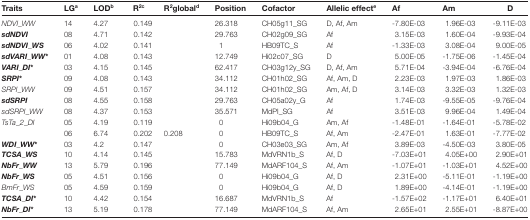
<table><thead><tr><td><b>Traits</b></td><td><b>LG<sup>a</sup></b></td><td><b>LOD<sup>b</sup></b></td><td><b>R<sup>2</sup><sup>c</sup></b></td><td><b>R<sup>2</sup>global<sup>d</sup></b></td><td><b>Position</b></td><td><b>Cofactor</b></td><td><b>Allelic effect<sup>e</sup></b></td><td><b>Af</b></td><td><b>Am</b></td><td><b>D</b></td></tr></thead><tbody><tr><td><i>NDVI_WW</i></td><td>14</td><td>4.27</td><td>0.149</td><td></td><td>26.318</td><td>CH05g11_SG</td><td>D, Af, Am</td><td>-7.80E-03</td><td>1.96E-03</td><td>-9.11E-03</td></tr><tr><td><b><i>sdNDVI</i></b></td><td>08</td><td>4.71</td><td>0.142</td><td></td><td>29.763</td><td>CH02g09_SG</td><td>Af</td><td>3.15E-03</td><td>1.60E-04</td><td>-9.93E-04</td></tr><tr><td><b><i>sdNDVI_WS</i></b></td><td>06</td><td>4.02</td><td>0.141</td><td></td><td>1</td><td>HB09TC_S</td><td>Af</td><td>-1.33E-03</td><td>3.08E-04</td><td>9.00E-05</td></tr><tr><td><b><i>sdVARI_WW</i>*</b></td><td>01</td><td>4.08</td><td>0.143</td><td></td><td>12.749</td><td>Hi02c07_SG</td><td>D</td><td>5.00E-05</td><td>-1.75E-06</td><td>-1.45E-04</td></tr><tr><td><b><i>VARI_DI</i>*</b></td><td>03</td><td>4.15</td><td>0.145</td><td></td><td>62.417</td><td>CH03g12y_SG</td><td>D, Af, Am</td><td>5.71E-04</td><td>-3.94E-04</td><td>-6.76E-04</td></tr><tr><td><b><i>SRPI</i>*</b></td><td>09</td><td>4.08</td><td>0.143</td><td></td><td>34.112</td><td>CH01h02_SG</td><td>Af, Am, D</td><td>2.23E-03</td><td>1.97E-03</td><td>1.86E-03</td></tr><tr><td><i>SRPI_WW</i></td><td>09</td><td>4.51</td><td>0.157</td><td></td><td>34.112</td><td>CH01h02_SG</td><td>Am, Af, D</td><td>3.14E-03</td><td>3.32E-03</td><td>1.32E-03</td></tr><tr><td><b><i>sdSRPI</i></b></td><td>08</td><td>4.55</td><td>0.158</td><td></td><td>29.763</td><td>CH05a02y_G</td><td>Af</td><td>1.74E-03</td><td>-9.55E-05</td><td>-9.76E-04</td></tr><tr><td><i>sdSRPI_WW</i></td><td>08</td><td>4.37</td><td>0.153</td><td></td><td>35.571</td><td>MdPI_SG</td><td>Af</td><td>3.51E-03</td><td>9.96E-04</td><td>1.49E-04</td></tr><tr><td><i>TsTa_2_DI</i></td><td>05</td><td>4.19</td><td>0.119</td><td></td><td>0</td><td>Hi09b04_G</td><td>Am, Af</td><td>-1.48E-01</td><td>-1.64E-01</td><td>-5.78E-02</td></tr><tr><td></td><td>06</td><td>6.74</td><td>0.202</td><td>0.208</td><td>0</td><td>HB09TC_S</td><td>Af, Am</td><td>-2.47E-01</td><td>1.63E-01</td><td>-7.77E-02</td></tr><tr><td><b><i>WDI_WW</i>*</b></td><td>03</td><td>4.2</td><td>0.147</td><td></td><td>0</td><td>CH03e03_SG</td><td>Am, Af</td><td>3.89E-03</td><td>-4.50E-03</td><td>3.80E-05</td></tr><tr><td><b><i>TCSA_WS</i></b></td><td>10</td><td>4.14</td><td>0.145</td><td></td><td>15.783</td><td>MdVRN1b_S</td><td>Af, D</td><td>-7.03E+01</td><td>4.05E+00</td><td>2.90E+01</td></tr><tr><td><b><i>NbFr_WW</i></b></td><td>13</td><td>5.79</td><td>0.196</td><td></td><td>77.149</td><td>MdARF104_S</td><td>Af, Am</td><td>-1.07E+01</td><td>-1.03E+01</td><td>4.52E+00</td></tr><tr><td><b><i>NbFr_WS</i></b></td><td>05</td><td>4.51</td><td>0.156</td><td></td><td>0</td><td>Hi09b04_G</td><td>Af, D</td><td>2.31E+00</td><td>-5.11E-01</td><td>-1.19E+00</td></tr><tr><td><i>BmFr_WS</i></td><td>05</td><td>4.59</td><td>0.159</td><td></td><td>0</td><td>Hi09b04_G</td><td>Af, D</td><td>1.89E+00</td><td>-4.14E-01</td><td>-1.19E+00</td></tr><tr><td><b><i>TCSA_DI</i>*</b></td><td>10</td><td>4.42</td><td>0.154</td><td></td><td>16.687</td><td>MdVRN1b_S</td><td>Af</td><td>-1.57E+02</td><td>-1.17E+01</td><td>6.40E+01</td></tr><tr><td><b><i>NbFr_DI</i>*</b></td><td>13</td><td>5.19</td><td>0.178</td><td></td><td>77.149</td><td>MdARF104_S</td><td>Af, Am</td><td>2.65E+01</td><td>2.55E+01</td><td>-8.87E+00</td></tr></tbody></table>